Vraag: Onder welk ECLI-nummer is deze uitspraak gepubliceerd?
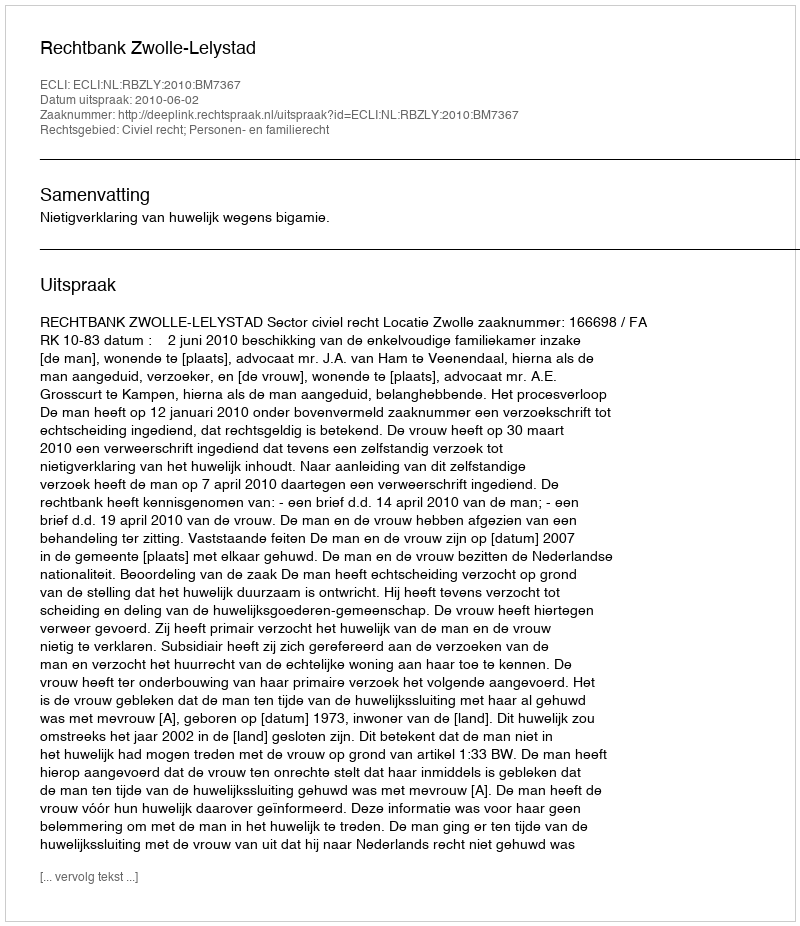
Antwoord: ECLI:NL:RBZLY:2010:BM7367